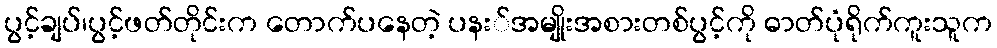
ပွင့်ချပ်၊ပွင့်ဖတ်တိုင်းက တောက်ပနေတဲ့ ပနး်အမျိုးအစားတစ်ပွင့်ကို ဓာတ်ပုံရိုက်ကူးသူက